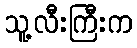
သူ့လီးကြီးက